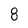
Character: 8